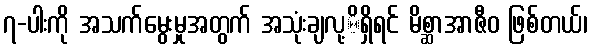
၇-ပါးကို အသက်မွေးမှုအတွက် အသုံးချလု့ိရှိရင် မိစ္ဆာအာဇီဝ ဖြစ်တယ်၊